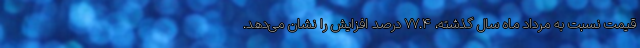
قیمت نسبت به مرداد ماه سال گذشته، ۷۷.۴ درصد افزایش را نشان می‌دهد.